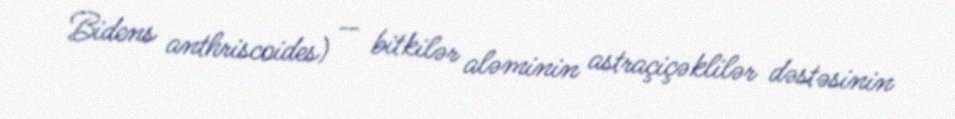
Bidens anthriscoides) — bitkilər aləminin astraçiçəklilər dəstəsinin